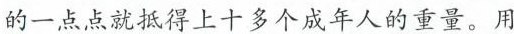
的一点点就抵得上十多个成年人的重量。用